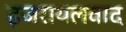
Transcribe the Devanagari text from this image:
इजरायलवाद